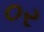
૦ર